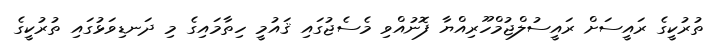
ތުރުކީގެ ރައީސަށް ރައީސުލްޖުމްހޫރިއްޔާ ފޮނުއްވި މެސެޖުގައި ޤައުމީ ހިތާމައިގެ މި ދަނޑިވަޅުގައި ތުރުކީގެ